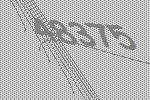
48375